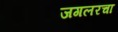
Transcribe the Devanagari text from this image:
जगलरचा